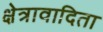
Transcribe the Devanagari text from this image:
क्षेत्रावादिता